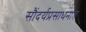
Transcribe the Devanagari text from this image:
सौंदर्यप्रसाधनांत